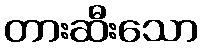
တားဆီးသော